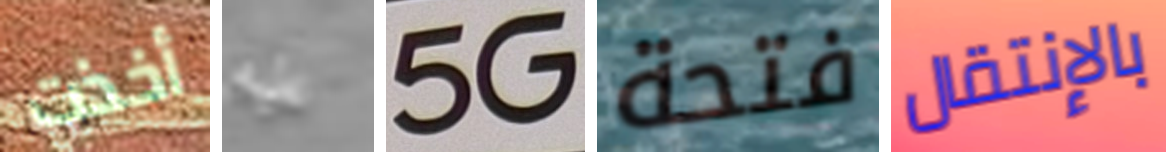
أخذت عليه 5G فتحة بالإنتقال